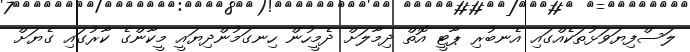
ލަސްފިޔަވަޅުތަކެއްގައި އެނބުރި ޕާޓީ އޮތް ދިމާލަށް ދެމީހުން ހިނގަމުންދިޔައީ މީކާންގެ ކާރުގައި ގެޔަށް